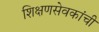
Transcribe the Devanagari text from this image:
शिक्षणसेवकांची